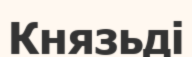
Князьді